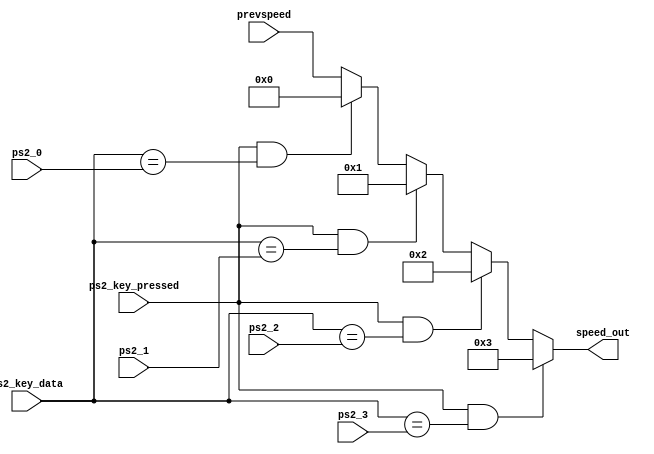
module speed_change(prevspeed, speed_out, ps2_0, ps2_1, ps2_2, ps2_3, ps2_key_pressed, ps2_key_data);
	input ps2_key_pressed;
	input [31:0] prevspeed;
	input [7:0] ps2_0, ps2_1, ps2_2, ps2_3, ps2_key_data;
	output [31:0] speed_out;
	
	wire [31:0] speed_0, speed_1, speed_2, speed_3;
	assign speed_0 = (ps2_key_pressed && ps2_key_data == ps2_0)? 32'd0:prevspeed;
	assign speed_1 = (ps2_key_pressed && ps2_key_data == ps2_1)? 32'd1:speed_0;
	assign speed_2 = (ps2_key_pressed && ps2_key_data == ps2_2)? 32'd2:speed_1;
	assign speed_out = (ps2_key_pressed && ps2_key_data == ps2_3)? 32'd3:speed_2;

endmodule